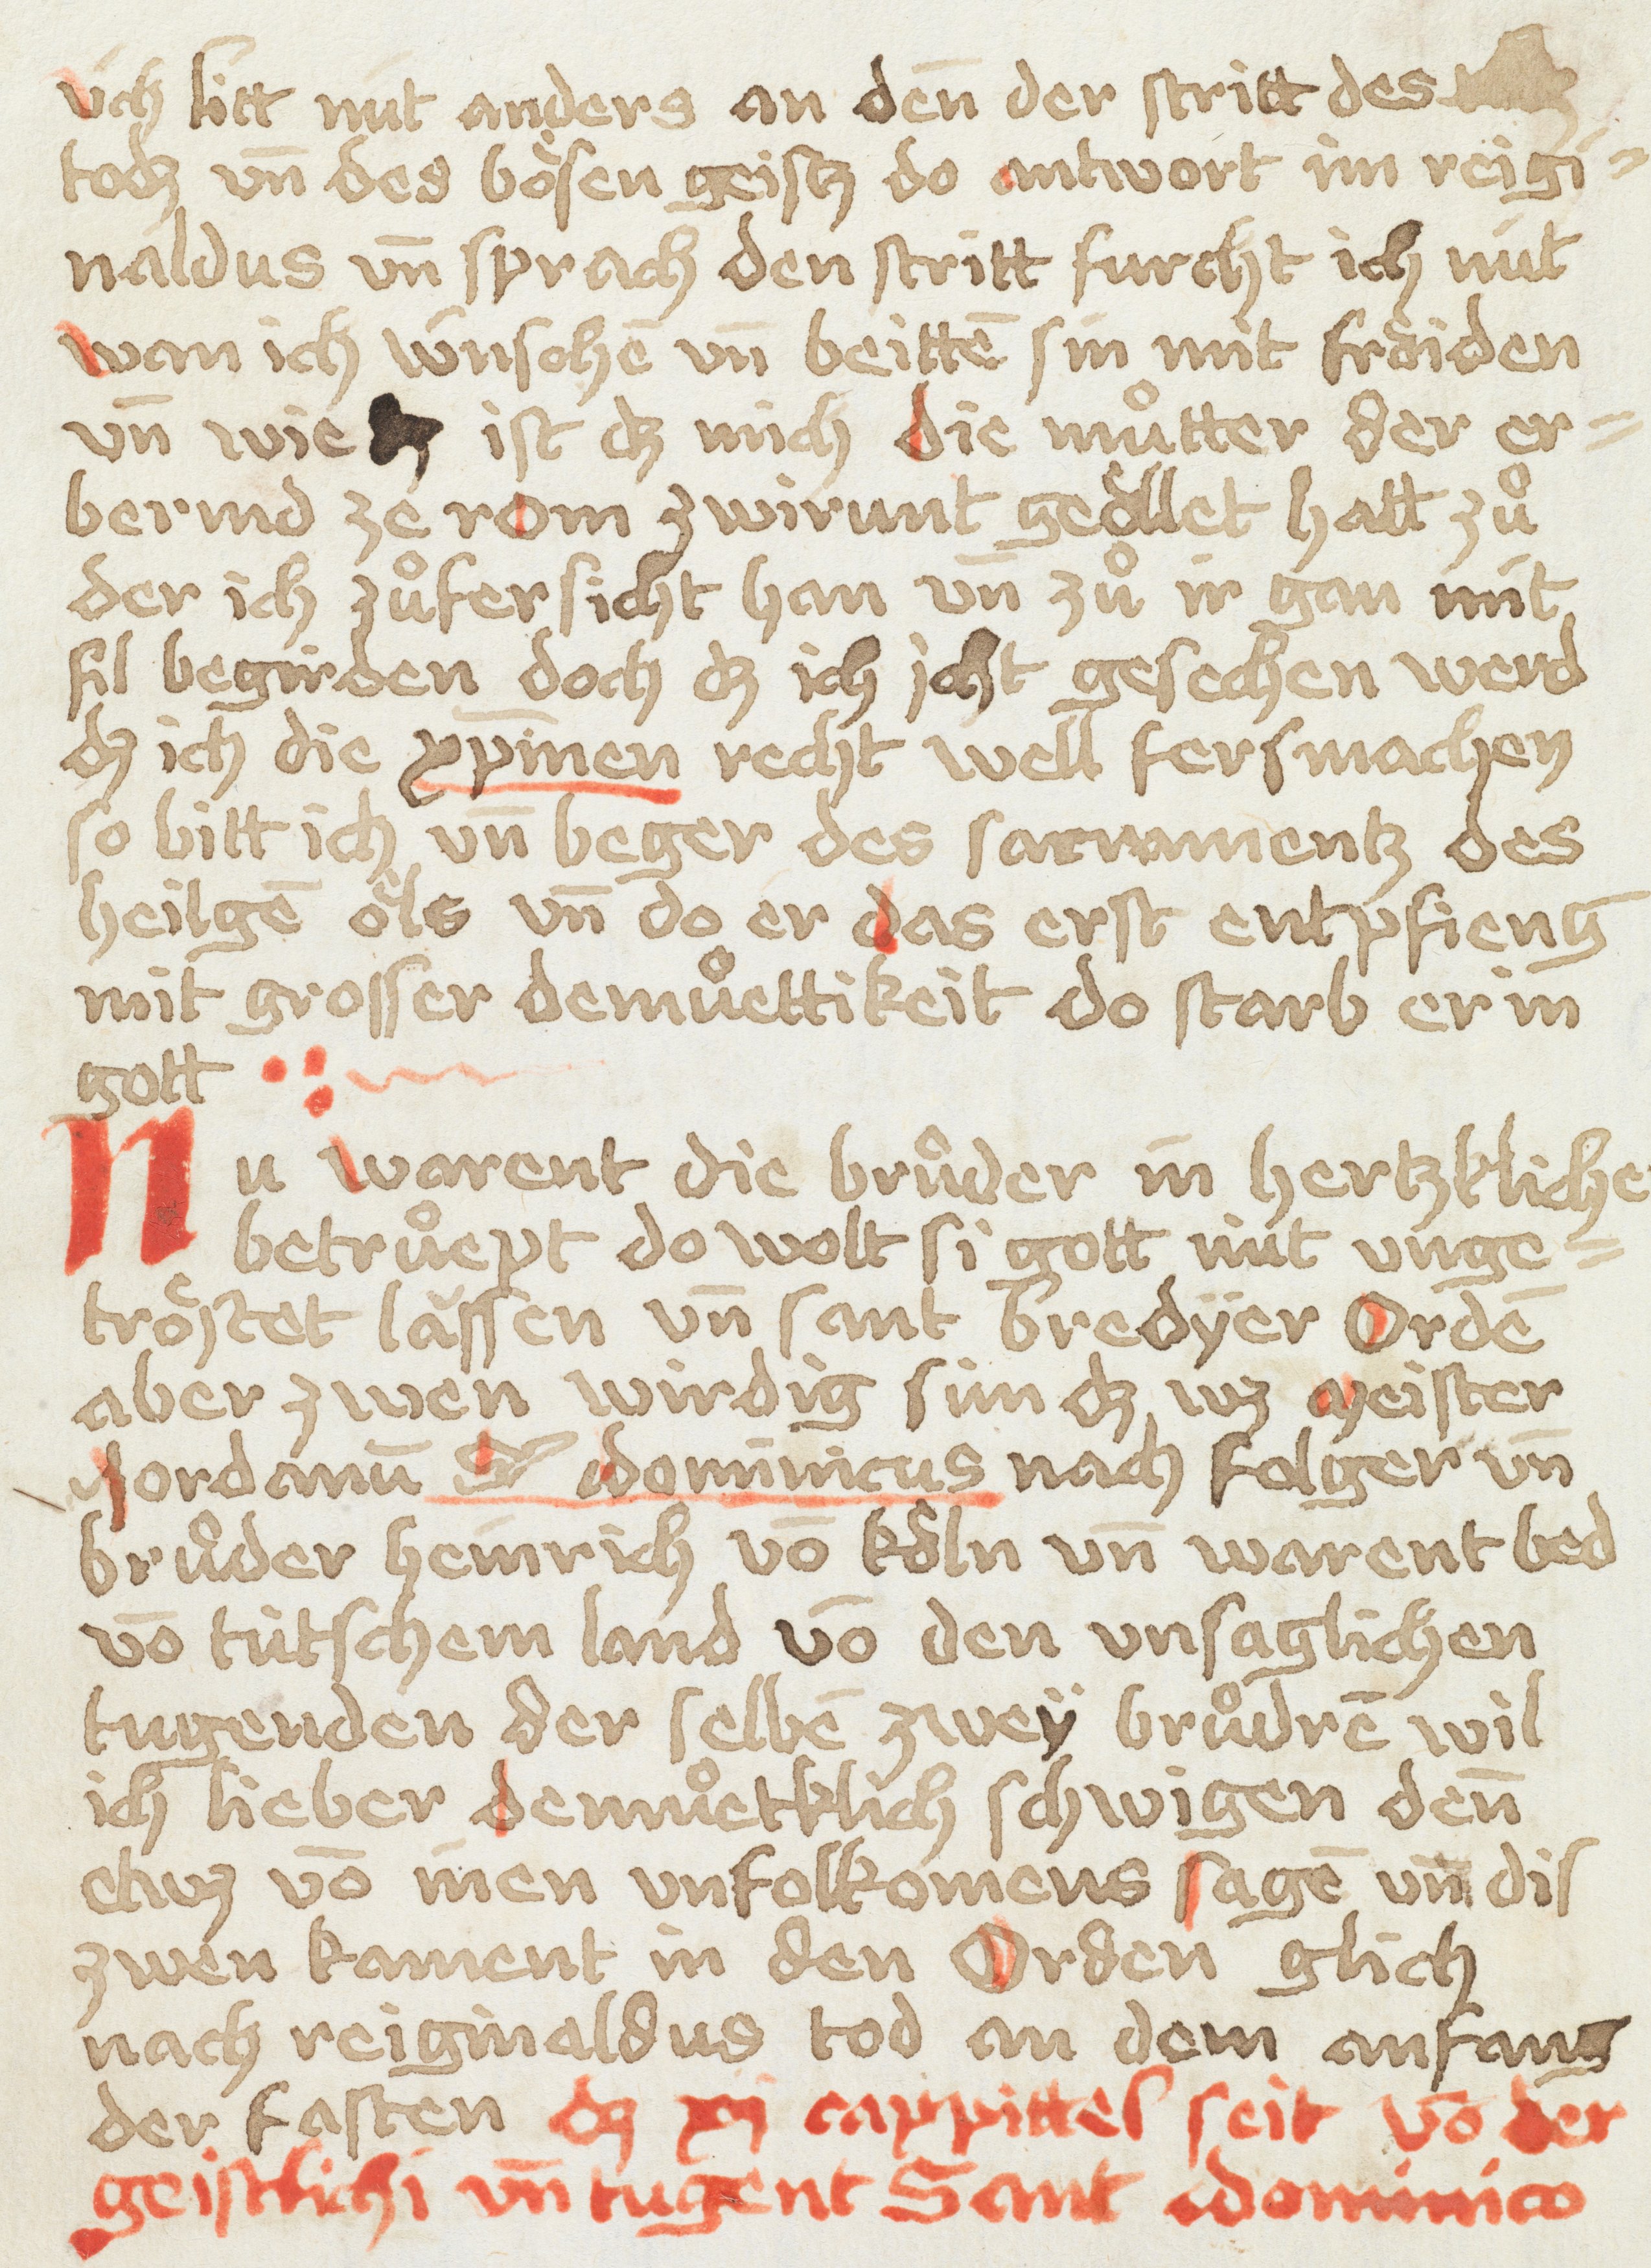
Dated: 1449–1449